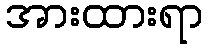
အားထားရာ